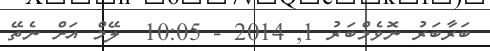
ބަރާބަރު ނޮވެމްބަރު 1